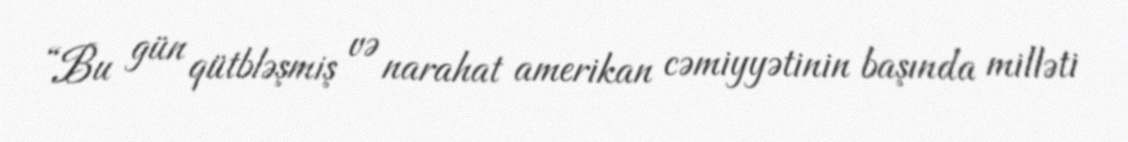
“Bu gün qütbləşmiş və narahat amerikan cəmiyyətinin başında milləti